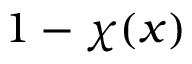
1 - \chi ( x )